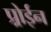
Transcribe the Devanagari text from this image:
प्र्रोईन